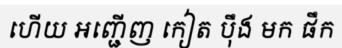
ហើយ អញ្ជើញ កៀត ប៉ឹង មក ផឹក